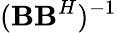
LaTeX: (\textbf{B}\textbf{B}^{H})^{-1}